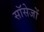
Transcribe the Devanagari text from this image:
सॉसेजों